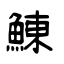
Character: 鯟